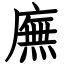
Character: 廡